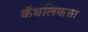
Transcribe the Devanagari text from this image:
कॅथलिकचा